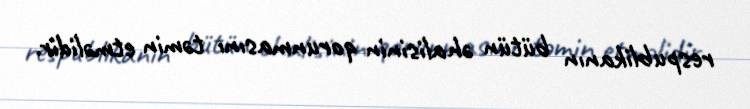
respublikanın bütün əhalisinin qorunmasını təmin etməlidir.